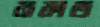
রাকাত